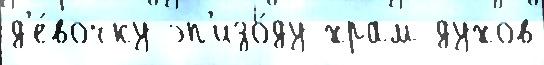
д'е́вочку эп'изо́ду храм духов